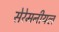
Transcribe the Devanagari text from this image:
सेरेमनीयल